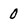
Character: 0